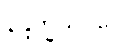
နန္ဒိက္ခယဝဂ္ဂေါ